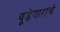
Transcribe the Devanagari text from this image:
वूडेयारांचे